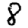
Digit: 8